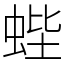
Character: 蜌